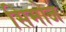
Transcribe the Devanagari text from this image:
सिमोज